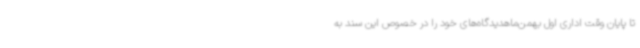
تا پایان وقت اداری اول بهمن‌ماهدیدگاه‌های خود را در خصوص این سند به